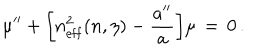
LaTeX: \mu ^ { \prime \prime } + \biggl [ n _ { \mathrm { e f f } } ^ { 2 } ( n , \eta ) - { \frac { a ^ { \prime \prime } } { a } } \biggr ] \mu \, = \, 0 \, .